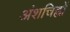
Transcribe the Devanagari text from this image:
अंशचिह्नों